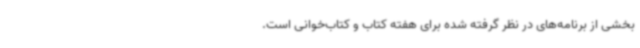
بخشی از برنامه‌های در نظر گرفته‌ شده برای هفته کتاب و کتاب‌خوانی است.